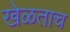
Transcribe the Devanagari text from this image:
खेळताच